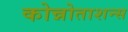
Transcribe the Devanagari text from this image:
कोन्नोताशन्स